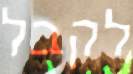
לקבל